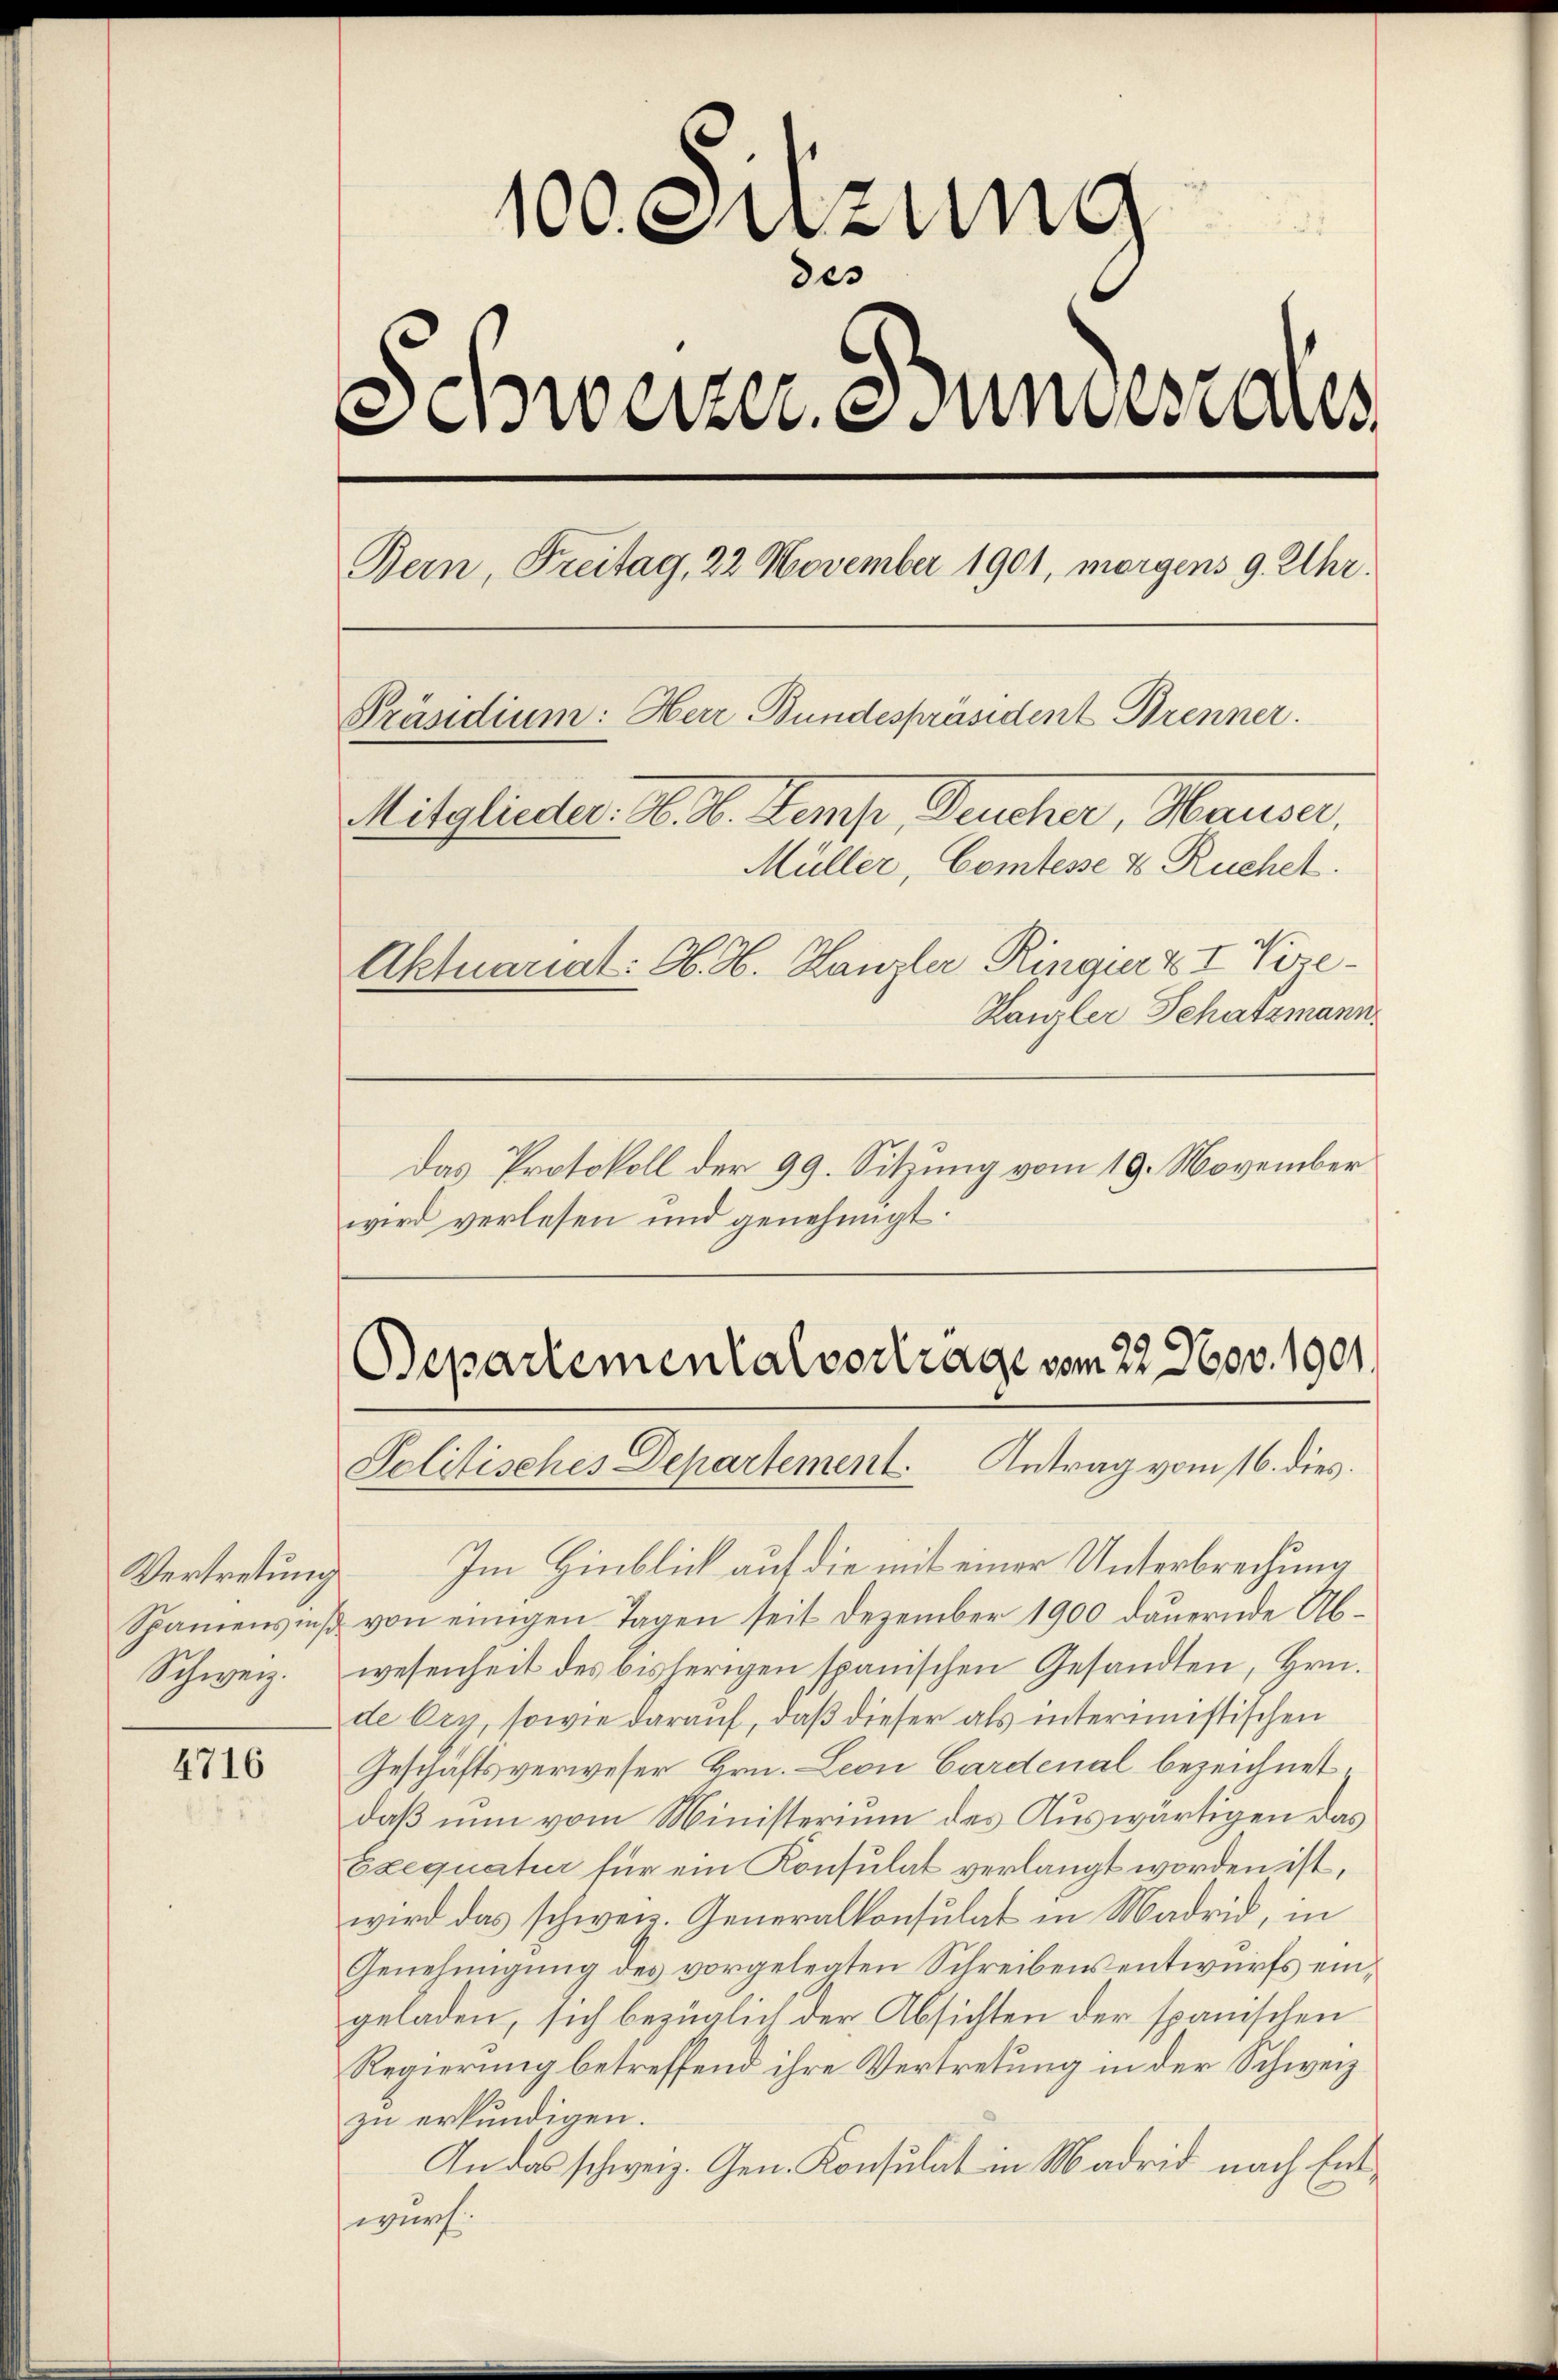
Vertretung
Schweiz.

4716

.
100. Sitzung
des
Schweizer. Bundesrates
Bern, Freitag, 22 November 1901, morgens 9. Uhr.
Präsidium: Herr Bundespräsident Brenner.
Mitglieder. M. D. Semp, Deucher, Hause
Müller, Comtesse 4 Ruchel.
Aktuariat: Ob. H. Hanzler Ringer z I Vize¬
Kanzler Schatzmann.

Das Protokoll der 99. Sitzung vom 19. November
wird verlesen und genehmigt:

Bepartemental vortrage vom 22. Nov. 1901.
Solitisches Departement. Antrag vom 16. dies

Im Hinblick auf die mit einer Unterbrechung
Sparensniβ von einigen Tagen seit Dezember 1900 daŭernde Ab-
wesenheit des bisherigen spanischen Gesandten, Hrn.
de Ery, sowie darauf, daß dieser als interimistischen
Geschäftsverweser Hrn. Leon Cardenal bezeichnet.
daß nun vom Ministerium des Auswärtigen das
Exequatur für ein Konsulat verlangt worden ist,
wird das schweiz. Generalkonsulat in Madrid, in
Genehmigung des vorgelegten Schreibens entwurfs eingeladen, sich bezüglich der Absichten der spanischen
Regierung betreffend ihre Vertretung in der Schweiz
zu erkundigen.
An das schweiz. Gen. Konsulat in Madrid nach Entwurch.